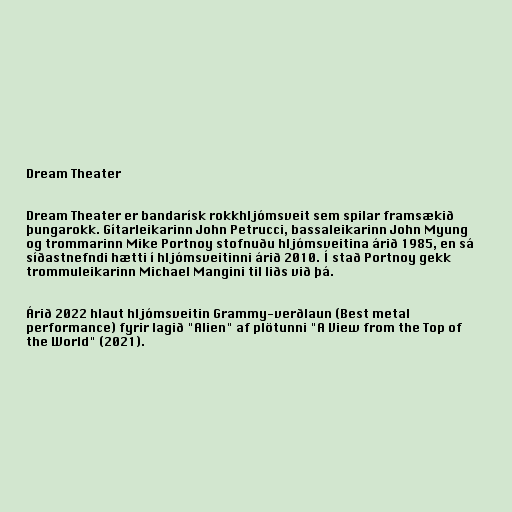
Dream Theater

Dream Theater er bandarísk rokkhljómsveit sem spilar framsækið
þungarokk. Gítarleikarinn John Petrucci, bassaleikarinn John Myung
og trommarinn Mike Portnoy stofnuðu hljómsveitina árið 1985, en sá
síðastnefndi hætti í hljómsveitinni árið 2010. Í stað Portnoy gekk
trommuleikarinn Michael Mangini til liðs við þá.

Árið 2022 hlaut hljómsveitin Grammy-verðlaun (Best metal
performance) fyrir lagið "Alien" af plötunni "A View from the Top of
the World" (2021).